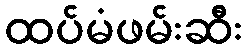
ထပ်မံဖမ်းဆီး